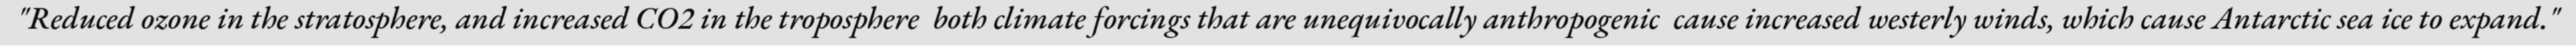
"Reduced ozone in the stratosphere, and increased CO2 in the troposphere  both climate forcings that are unequivocally anthropogenic  cause increased westerly winds, which cause Antarctic sea ice to expand."